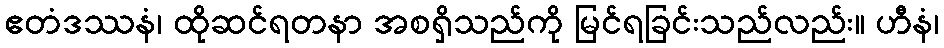
ဧတံဒဿနံ၊ ထိုဆင်ရတနာ အစရှိသည်ကို မြင်ရခြင်းသည်လည်း။ ဟီနံ၊